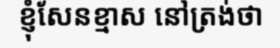
ខ្ញុំសែនខ្មាស នៅត្រង់ថា